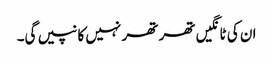
ان کی ٹانگیں تھر تھر نہیں کانپیں گی۔